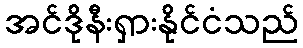
အင်ဒိုနီးရှားနိုင်ငံသည်